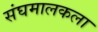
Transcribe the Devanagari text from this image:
संघमालकला